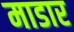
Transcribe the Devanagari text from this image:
माडार